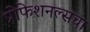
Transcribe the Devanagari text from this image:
प्रोफेशनल्सचा